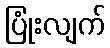
ပြုံးလျက်